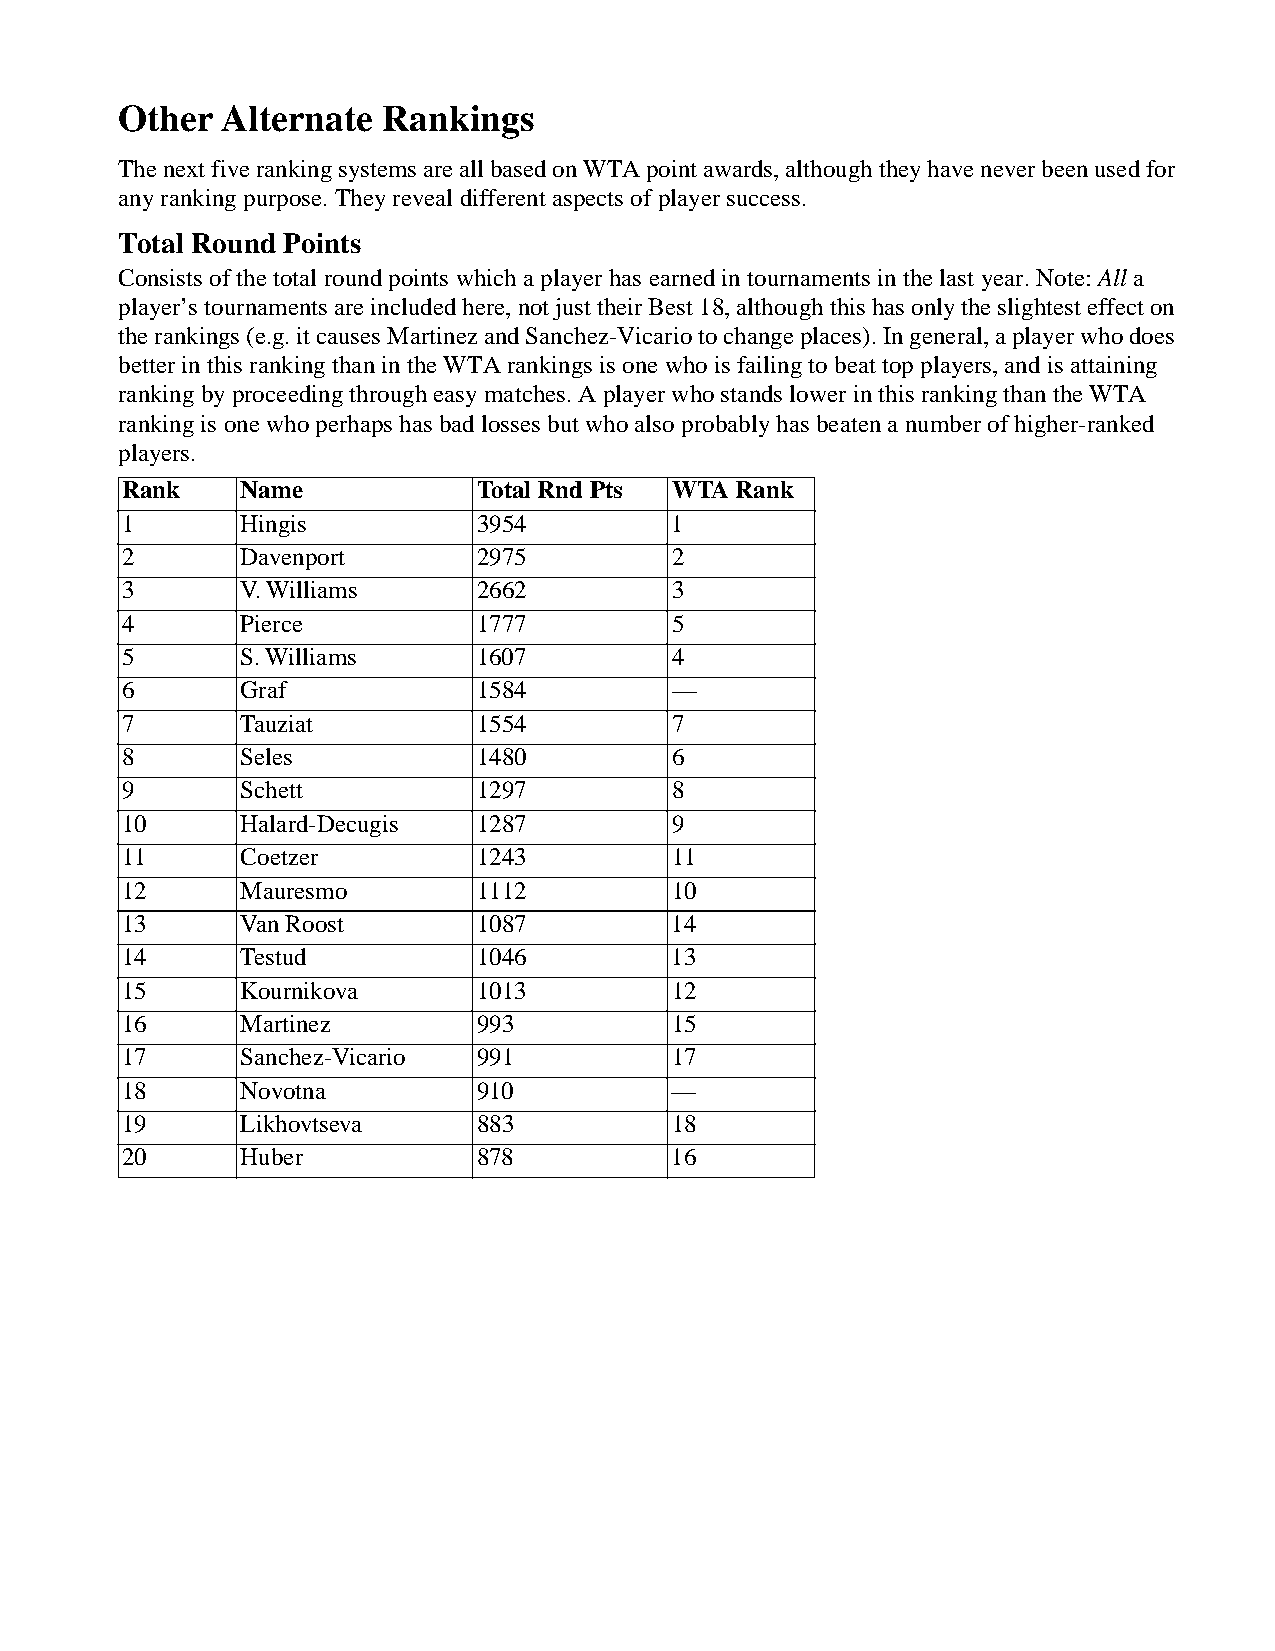
Other  Alternate  Rankings
 The next five ranking systems are all based on WTA point awards, although they have never been used for
 any ranking purpose. They reveal different aspects of player success.
 Total Round Points
 Consists of the total round points which a player has earned in tournaments in the last year. Note: All a
 player’s tournaments are included here, not just their Best 18, although this has only the slightest effect on
 the rankings (e.g. it causes Martinez and Sanchez-Vicario to change places). In general, a player who does
 better in this ranking than in the WTA rankings is one who is failing to beat top players, and is attaining
 ranking by proceeding through easy matches. A player who stands lower in this ranking than the WTA
 ranking is one who perhaps has bad losses but who also probably has beaten a number of higher-ranked
 players.
 Rank   Name            Total Rnd Pts WTA Rank
 1      Hingis          3954         1
 2      Davenport       2975         2
 3      V. Williams     2662         3
 4      Pierce          1777         5
 5      S. Williams     1607         4
 6      Graf            1584         —
 7      Tauziat         1554         7
 8      Seles           1480         6
 9      Schett          1297         8
 10     Halard-Decugis  1287         9
 11     Coetzer         1243         11
 12     Mauresmo        1112         10
 13     Van Roost       1087         14
 14     Testud          1046         13
 15     Kournikova      1013         12
 16     Martinez        993          15
 17     Sanchez-Vicario 991          17
 18     Novotna         910          —
 19     Likhovtseva     883          18
 20     Huber           878          16